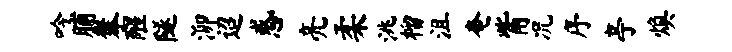
吟脯攀醒隧泖迢惑亮柔洮榴沮奄觜况序亭焕